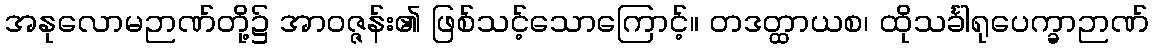
အနုလောမဉာဏ်တို့၌ အာဝဇ္ဇန်း၏ ဖြစ်သင့်သောကြောင့်။ တဒတ္ထာယစ၊ ထိုသင်္ခါရုပေက္ခာဉာဏ်